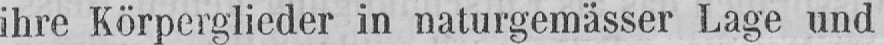
ihre Körperglieder in naturgemässer Lage und